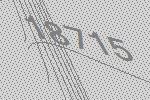
18715